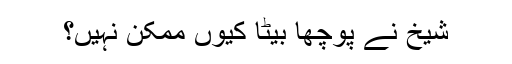
شیخ نے پوچھا بیٹا کیوں ممکن نہیں؟